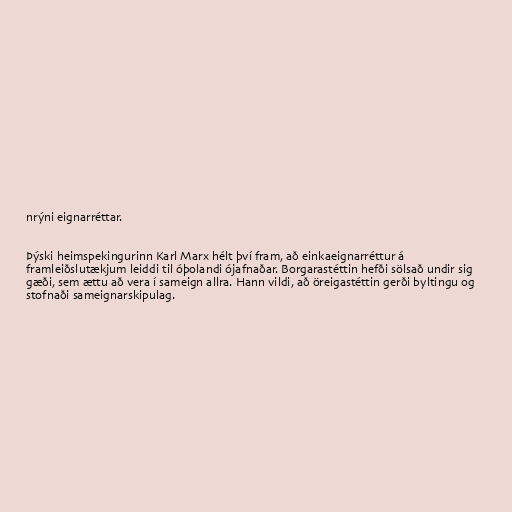
nrýni eignarréttar.

Þýski heimspekingurinn Karl Marx hélt því fram, að einkaeignarréttur á
framleiðslutækjum leiddi til óþolandi ójafnaðar. Borgarastéttin hefði sölsað undir sig
gæði, sem ættu að vera í sameign allra. Hann vildi, að öreigastéttin gerði byltingu og
stofnaði sameignarskipulag.